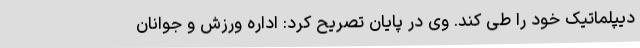
دیپلماتیک خود را طی کند. وی در پایان تصریح کرد: اداره ورزش و جوانان